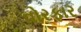
વોરફાર